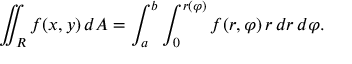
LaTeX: \iint _ { R } f ( x , y ) \, d A = \int _ { a } ^ { b } \int _ { 0 } ^ { r ( \varphi ) } f ( r , \varphi ) \, r \, d r \, d \varphi .